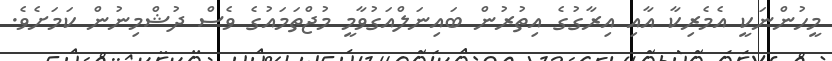
މީހުންނަކީ އެމެރިކާ އާއި އިރާގުގެ އިތުރުން ބައިނަލްއަގުވާމީ މުޖްތަމައުގެ ވެސް ދުޝްމިނުން ކަމަށެވެ.